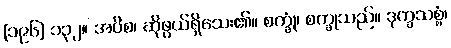
[၁၉၆] ၁၃၂။ အပိစ၊ ဆိုဖွယ်ရှိသေး၏။ စက္ခုံ၊ စက္ခုသည်။ ဒုက္ခသစ္စံ၊